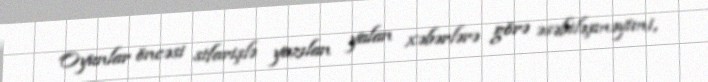
Oyunlar öncəsi sifarişlə yazılan yalan xəbərlərə görə əsəbiləşməyimi,